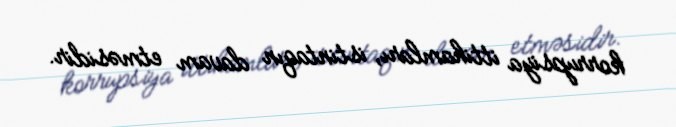
korrupsiya ittihamları, istintaqın davam etməsidir.